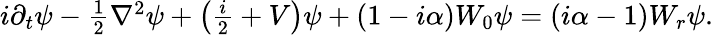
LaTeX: \begin{array}{r}{i\partial_{t}\psi-\frac{1}{2}\nabla^{2}\psi+\left(\frac{i}{2}+V\right)\psi+(1-i\alpha)W_{0}\psi=(i\alpha-1)W_{r}\psi.}\end{array}